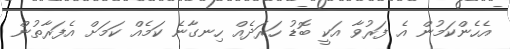
އެހެންކަމުން އެ ފަރުވާ އަކީ ބޮޑު ހަރަދެއް ހިނގާނެ ކަމެއް ކަމަށް އެފަރާތުން